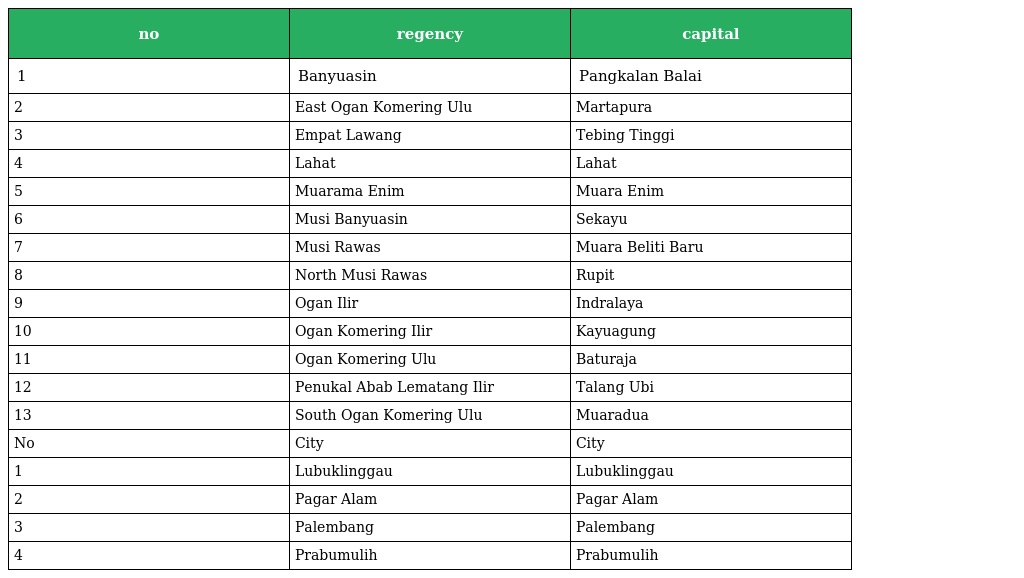
| no | regency | capital |
 | --- | --- | --- |
 | 1 | Banyuasin | Pangkalan Balai |
 | 2 | East Ogan Komering Ulu | Martapura |
 | 3 | Empat Lawang | Tebing Tinggi |
 | 4 | Lahat | Lahat |
 | 5 | Muarama Enim | Muara Enim |
 | 6 | Musi Banyuasin | Sekayu |
 | 7 | Musi Rawas | Muara Beliti Baru |
 | 8 | North Musi Rawas | Rupit |
 | 9 | Ogan Ilir | Indralaya |
 | 10 | Ogan Komering Ilir | Kayuagung |
 | 11 | Ogan Komering Ulu | Baturaja |
 | 12 | Penukal Abab Lematang Ilir | Talang Ubi |
 | 13 | South Ogan Komering Ulu | Muaradua |
 | No | City | City |
 | 1 | Lubuklinggau | Lubuklinggau |
 | 2 | Pagar Alam | Pagar Alam |
 | 3 | Palembang | Palembang |
 | 4 | Prabumulih | Prabumulih |